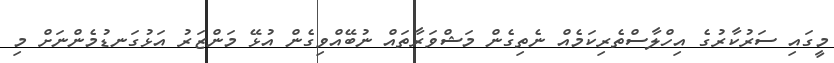
މީގައި ސަރުކާރުގެ އިހްލާސްތެރިކަމެއް ނެތިގެން މަޝްވަރާތައް ނުބޭއްވިގެން އުޅޭ މަންޒަރު އަޅުގަނޑުމެންނަށް މި